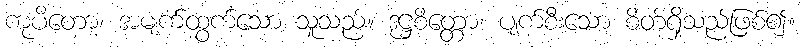
ကုပိတော၊ အမျက်ထွက်သော သူသည်။ ဒုဋ္ဌစိတ္တော၊ ပျက်စီးသော စိတ်ရှိသည်ဖြစ်၍။